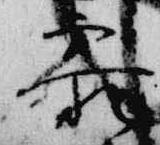
参